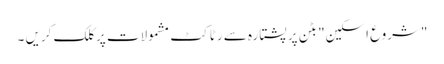
"شروع اسکین" بٹن پر پشتارہ سے رٹاکٹ مشمولات پر کلک کریں ۔